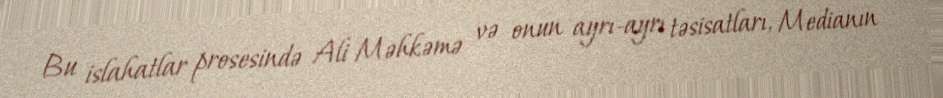
Bu islahatlar prosesində Ali Məhkəmə və onun ayrı-ayrı təsisatları, Medianın